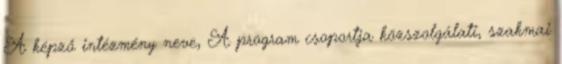
A képző intézmény neve, A program csoportja közszolgálati, szakmai